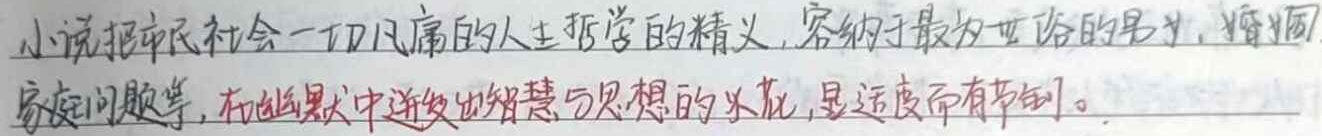
小说把市民社会一切凡庸的人生哲学的精义，容纳于最为世俗的男欢、婚姻家庭问题等，在幽默中迸发出智慧与思想的火花，显适度而有节制。